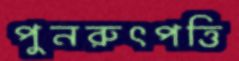
পুনরুৎপত্তি